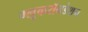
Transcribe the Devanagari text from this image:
ग्लूकरॉनडेशन